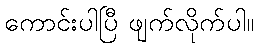
ကောင်းပါပြီ ဖျက်လိုက်ပါ။